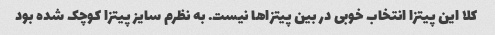
کلا این پیتزا انتخاب خوبی در بین پیتزاها نیست. به نظرم سایز پیتزا کوچک شده بود